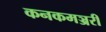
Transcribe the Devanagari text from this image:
कनकमञ्जरी